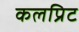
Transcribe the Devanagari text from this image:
कलप्रिट